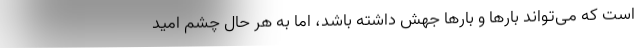
است که می‌تواند بارها و بارها جهش داشته باشد، اما به هر حال چشم امید